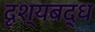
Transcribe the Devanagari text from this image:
दृश्यबद्ध